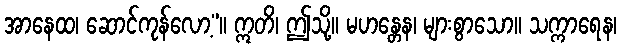
အာနေထ၊ ဆောင်ကုန်လော့”။ ဣတိ၊ ဤသို့။ မဟန္တေန၊ များစွာသော။ သက္ကာရေန၊